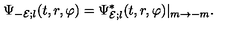
\Psi _ { - { \cal E } ; l } ( t , r , \varphi ) = \Psi _ { { \cal E } ; l } ^ { * } ( t , r , \varphi ) | _ { m \rightarrow - m } .